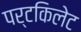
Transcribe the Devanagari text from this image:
पर्टकिलेट